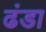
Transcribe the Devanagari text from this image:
ढंडा